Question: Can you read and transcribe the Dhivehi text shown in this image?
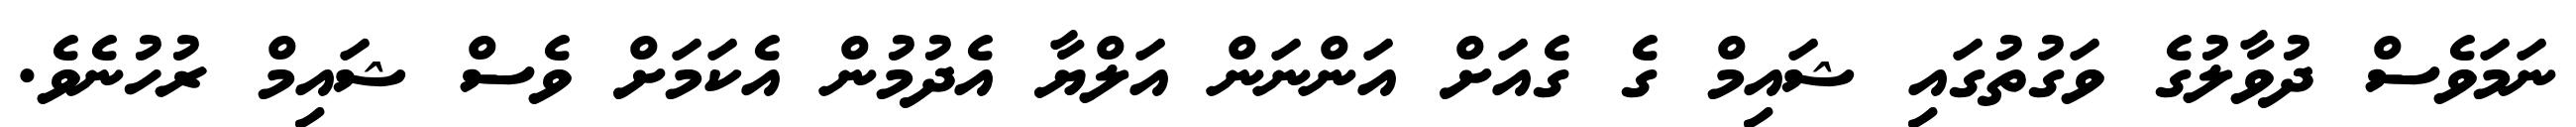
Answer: ނަމަވެސް ދުވާލުގެ ވަގުތުގައި ޝައިމް ގެ ގެއަށް އަންނަން އަލްޔާ އެދުމުން އެކަމަށް ވެސް ޝައިމް ރުހުނެވެ.